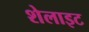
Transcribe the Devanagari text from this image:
शेलाइट